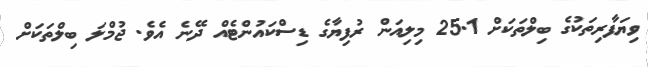
ވިޔަފާރިތަކުގެ ބިލްތަކަށް 25.1 މިލިއަން ރުފިޔާގެ ޑިސްކައުންޓެއް ދޭނެ އެވެ. ޖުމްލަ ބިލްތަކަށް